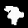
Label: 7